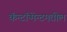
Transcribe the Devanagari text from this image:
कॅन्टॉन्मेन्टमधील